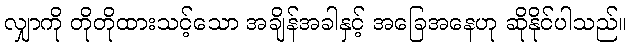
လျှာကို တိုတိုထားသင့်သော အချိန်အခါနှင့် အခြေအနေဟု ဆိုနိုင်ပါသည်။